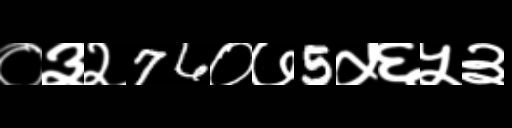
Text: ०३२76०७5५६५३